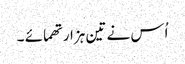
اُس نے تین ہزار تھمائے ۔